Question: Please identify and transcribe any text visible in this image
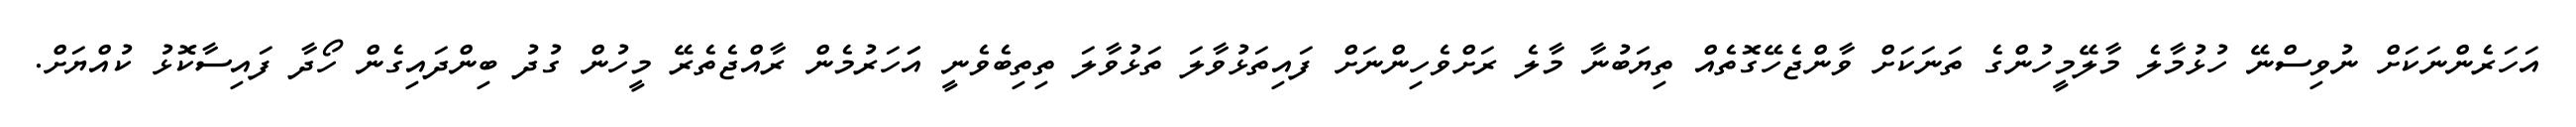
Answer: އަހަރެންނަކަށް ނުވިސްނޭ ހުޅުމާލެ މާލޭމީހުންގެ ތަނަކަށް ވާންޖެހޭގޮތެއް ތިޔަބުނާ މާލެ ރަށްވެހިންނަށް ފައިތަޅުވާލަ ތަޅުވާލަ ތިތިބެވެނީ އަަހަރުމެން ރާއްޖެތެރޭ މީހުން ގުދު ބިންދައިގެން ހޯދާ ފައިސާކޮޅު ކުއްޔަށް.